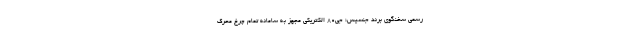
رسمی سخنگوی برند جنسیس؛ جی80 الکتریکی مجهز به سامانه تمام چرخ محرک